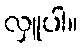
လှူပါ။